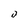
Character: 0